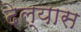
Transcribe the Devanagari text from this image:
देल्यास